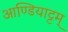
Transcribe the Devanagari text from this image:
आण्डियाट्टम्